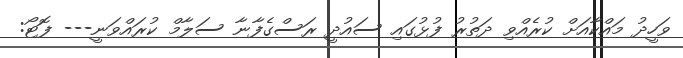
ވަހީދު މައްކާއަށް ކުރެއްވި ދަތުރު ފުޅުގައި ސައުދީ ރަސްގެފާނާ ސަލާމް ކުރައްވަނީ--- ފޮޓޯ: